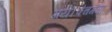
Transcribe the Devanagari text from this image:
गये।पंचगंगा